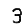
Digit: 3